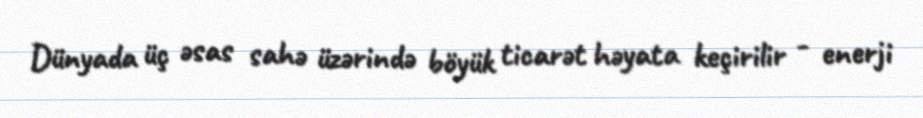
Dünyada üç əsas sahə üzərində böyük ticarət həyata keçirilir - enerji